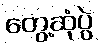
တွေ့ဆုံပွဲ